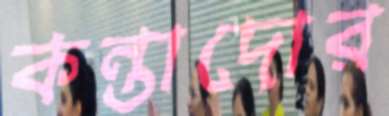
কন্তাদোর